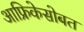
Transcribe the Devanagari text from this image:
आफ्रिकेसोबत